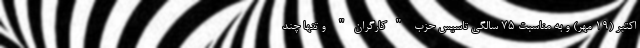
اکتبر (19 مهر) و به مناسبت 75 سالگی تاسیس حزب "کارگران" و تنها چند